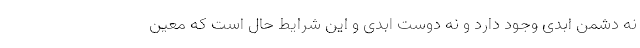
نه دشمن ابدی وجود دارد و نه دوست ابدی و این شرایط حال است که معین